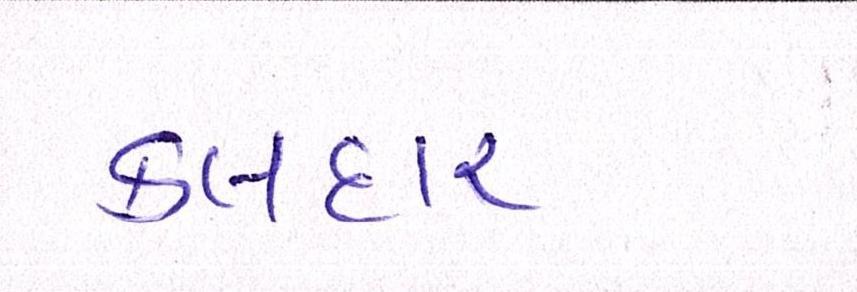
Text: કલદાર